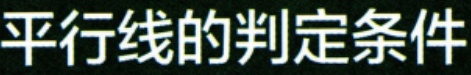
平行线的判定条件